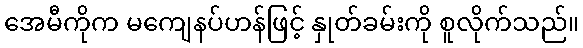
အေမီကိုက မကျေနပ်ဟန်ဖြင့် နှုတ်ခမ်းကို စူလိုက်သည်။